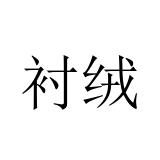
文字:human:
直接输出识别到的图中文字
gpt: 衬绒